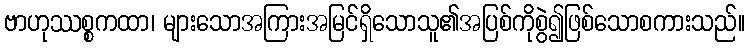
ဗာဟုဿစ္စကထာ၊ များသောအကြားအမြင်ရှိသောသူ၏အပြစ်ကိုစွဲ၍ဖြစ်သောစကားသည်။